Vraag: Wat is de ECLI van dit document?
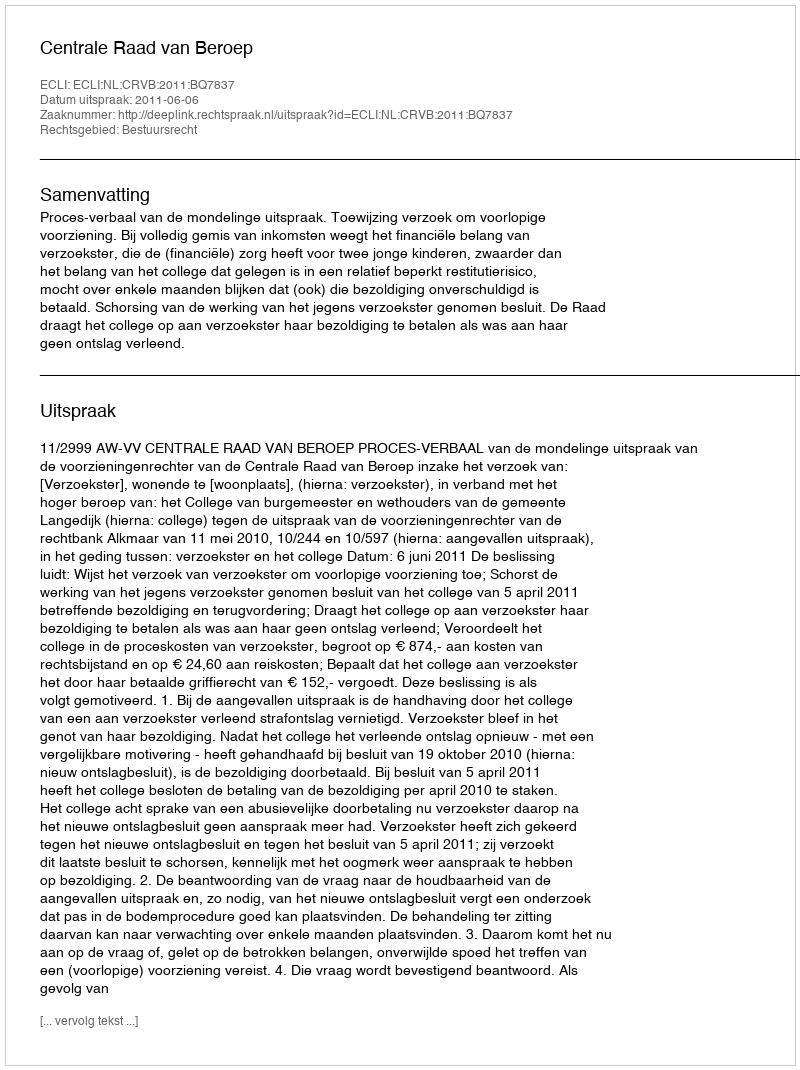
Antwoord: ECLI:NL:CRVB:2011:BQ7837